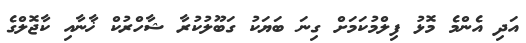
އަދި އެންމެ މޮޅު ފިލްމުކަމަށް ގިނަ ބަޔަކު ގަބޫލުކުރާ ޝާހްރުކް ޚާނާއި ކާޖޮލްގެ